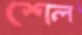
শেল